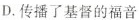
D.传播了基督的福音